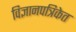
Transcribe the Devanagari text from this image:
विज्ञानपत्रिकेत